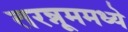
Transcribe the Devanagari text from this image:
तरन्नूममध्ये